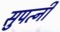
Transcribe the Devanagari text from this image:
सुपत्नी